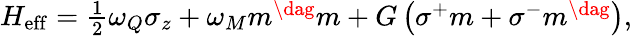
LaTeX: \begin{array}{r}{H_{\mathrm{eff}}=\frac{1}{2}\omega_{Q}\sigma_{z}+\omega_{M}m^{\dag}m+G\left(\sigma^{+}m+\sigma^{-}m^{\dag}\right),}\end{array}